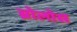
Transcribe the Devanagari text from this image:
ब्रोलोस